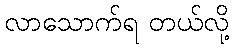
လာသောက်ရ တယ်လို့